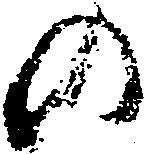
の